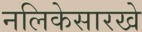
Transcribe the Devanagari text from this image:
नलिकेसारखे